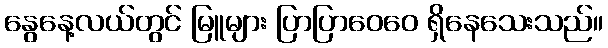
နွေနေ့လယ်တွင် မြူများ ပြာပြာဝေဝေ ရှိနေသေးသည်။